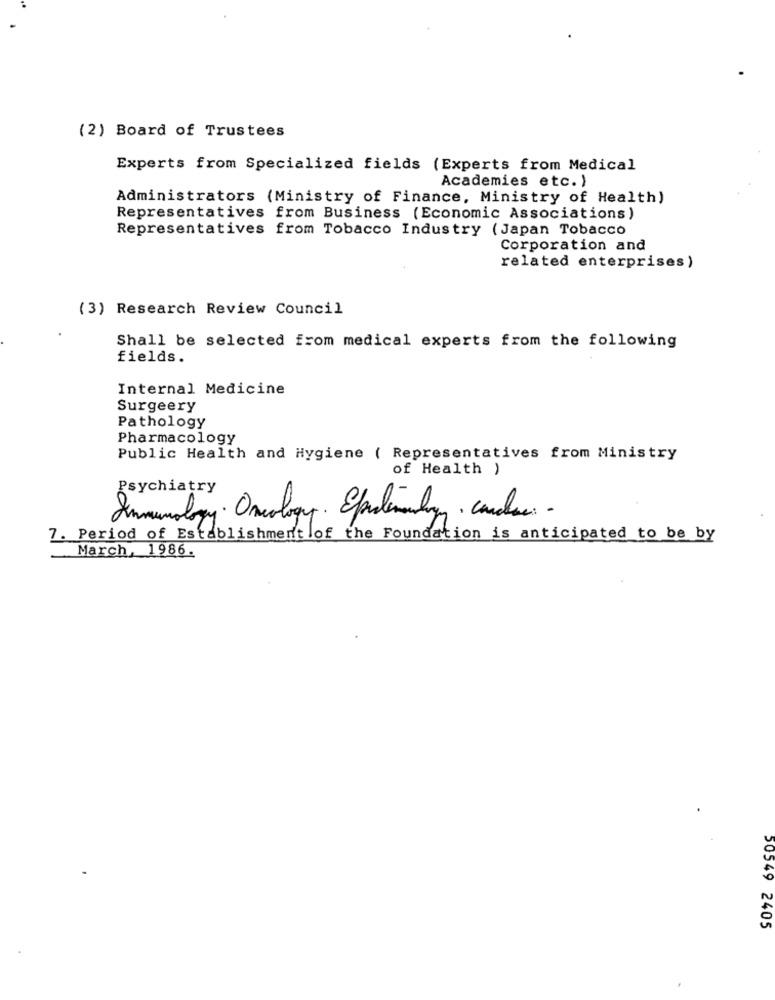
(2) Board of Trustees
Experts from Specialized fields (Experts from Medical
Academies etc. )
Administrators (Ministry of Finance, Ministry of Health)
Representatives from Business (Economic Associations)
Representatives from Tobacco Industry (Japan Tobacco
Corporation and
related enterprises)
(3) Research Review Council
Shall be selected from medical experts from the following
fields.
Internal Medicine
Surgeery
Pathology
Pharmacology
Public Health and Hygiene ( Representatives from Ministry
of Health )
Psychiatry
Immunology Oncology. Epalemaily . candos -
7. Period of Establishment of the Foundation is anticipated to be by
March, 1986.
50549 2405